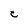
Character: C